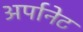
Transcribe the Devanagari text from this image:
अर्पानेट